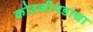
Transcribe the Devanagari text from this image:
कोठळीगडाचा